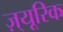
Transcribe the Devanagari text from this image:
ज़्यूरिक